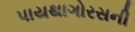
પાયથાગોરસની